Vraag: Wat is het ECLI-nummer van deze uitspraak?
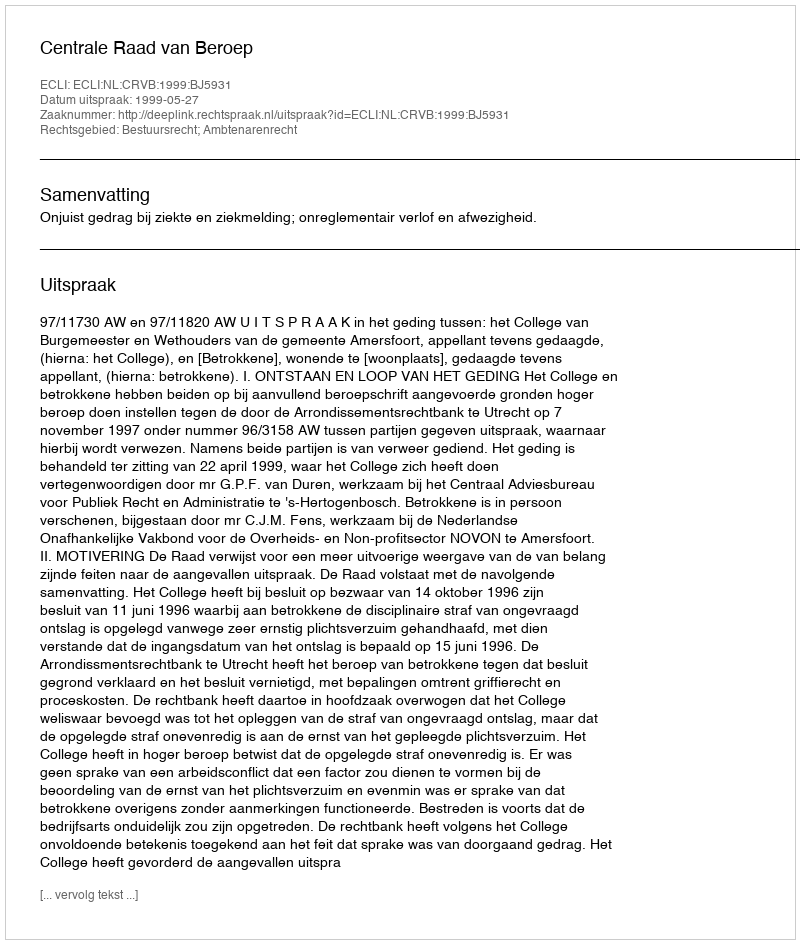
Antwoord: ECLI:NL:CRVB:1999:BJ5931